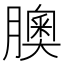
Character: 䐿